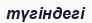
түгіндегі